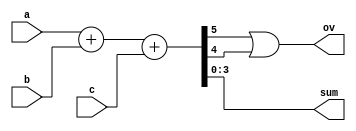
module add3(a, b, c, sum, ov);

	input [3:0] a, b, c;
	output [3:0] sum;
	output ov;
	wire s5, s4;

	assign {s5, s4, sum} = a + b + c;
	assign ov = s5 || s4;
			
endmodule